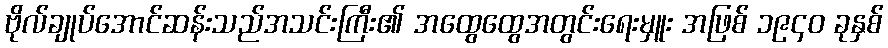
ဗိုလ်ချုပ်အောင်ဆန်းသည်အသင်းကြီး၏ အထွေထွေအတွင်းရေးမှူး အဖြစ် ၁၉၄၀ ခုနှစ်